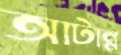
আটান্ন